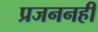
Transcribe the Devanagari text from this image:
प्रजननही